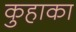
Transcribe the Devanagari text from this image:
कुहाका